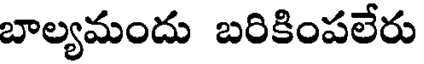
బాల్యమందు బరికింపలేరు